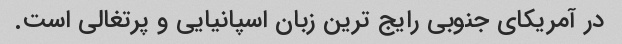
در آمریکای جنوبی رایج ترین زبان اسپانیایی و پرتغالی است.